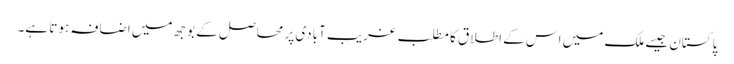
پاکستان جیسے ملک میں اس کے اطلاق کا مطلب غریب آبادی پر محاصل کے بوجھ میں اضافہ ہوتا ہے۔